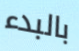
بالبدء